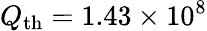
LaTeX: Q_{\mathrm{th}}=1.43\times 10^{8}